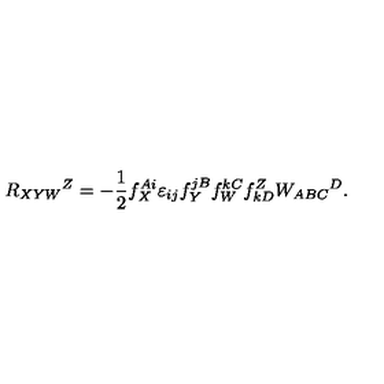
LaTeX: R _ { X Y W } { } ^ { Z } = - \frac 1 2 f _ { X } ^ { A i } \varepsilon _ { i j } f _ { Y } ^ { j B } f _ { W } ^ { k C } f _ { k D } ^ { Z } W _ { A B C } { } ^ { D } .